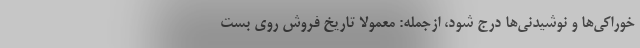
خوراکی‌ها و نوشیدنی‌ها درج شود، ازجمله: معمولا تاریخ فروش روی بست